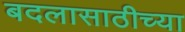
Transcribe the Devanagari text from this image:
बदलासाठीच्या